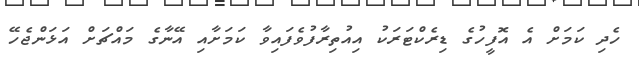
ހެދި ކަމަށް އެ އޮފީހުގެ ޑިރެކްޓަރަކު އިއުތިރާފުވެފައިވާ ކަމަށާއި އޭނާގެ މައްޗަށް އަޅަންޖެހޭ